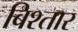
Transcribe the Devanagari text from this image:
बिश्तार